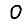
Digit: 0